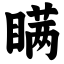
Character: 瞒